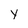
Character: y